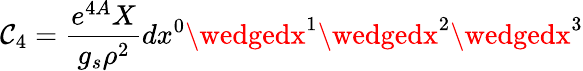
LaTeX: \mathcal{C}_{4}=\frac{{e^{4A}X}}{{g_{s}\rho^{2}}}dx^{0}\wedgedx^{1}\wedgedx^{2}\wedgedx^{3}